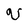
Character: V